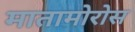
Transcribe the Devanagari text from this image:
मातामोरोस